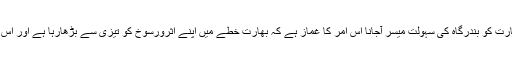
تجزیہ کاروں کا کہنا ہے کہ پاکستان کی اہم بندرگاہ اور سرحد سے بالکل قریب بھارت کو بندرگاہ کی سہولت میسر آجانا اِس امر کا غماز ہے کہ بھارت خطّے میں اپنے اثرورسوخ کو تیزی سے بڑھارہا ہے اور اس سلسلے میں اُسے ایران اور افغانستان کی مکمل حمایت، مدد اور تعاون حاصل ہے۔